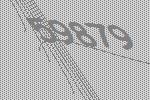
59879